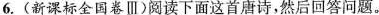
6.(新课标金国卷Ⅲ)阅读下面这首唐诗，然后回答问题。